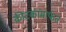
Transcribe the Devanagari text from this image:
कीटकांमार्फत